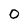
Character: O